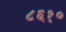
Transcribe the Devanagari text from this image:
८६१०